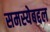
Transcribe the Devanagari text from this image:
समस्येबद्दल